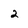
Character: 2